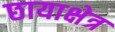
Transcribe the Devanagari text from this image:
छायाक्षेत्र